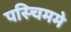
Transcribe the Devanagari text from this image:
पस्चिममे